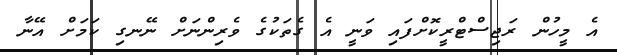
އެ މީހުން ރަޖިސްޓްރީކޮށްފައި ވަނީ އެ ގެތަކުގެ ވެރިންނަށް ނޭނގި ކަމަށް އޭނާ